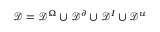
\mathcal { D } = \mathcal { D } ^ { \Omega } \cup \mathcal { D } ^ { \partial } \cup \mathcal { D } ^ { I } \cup \mathcal { D } ^ { u }